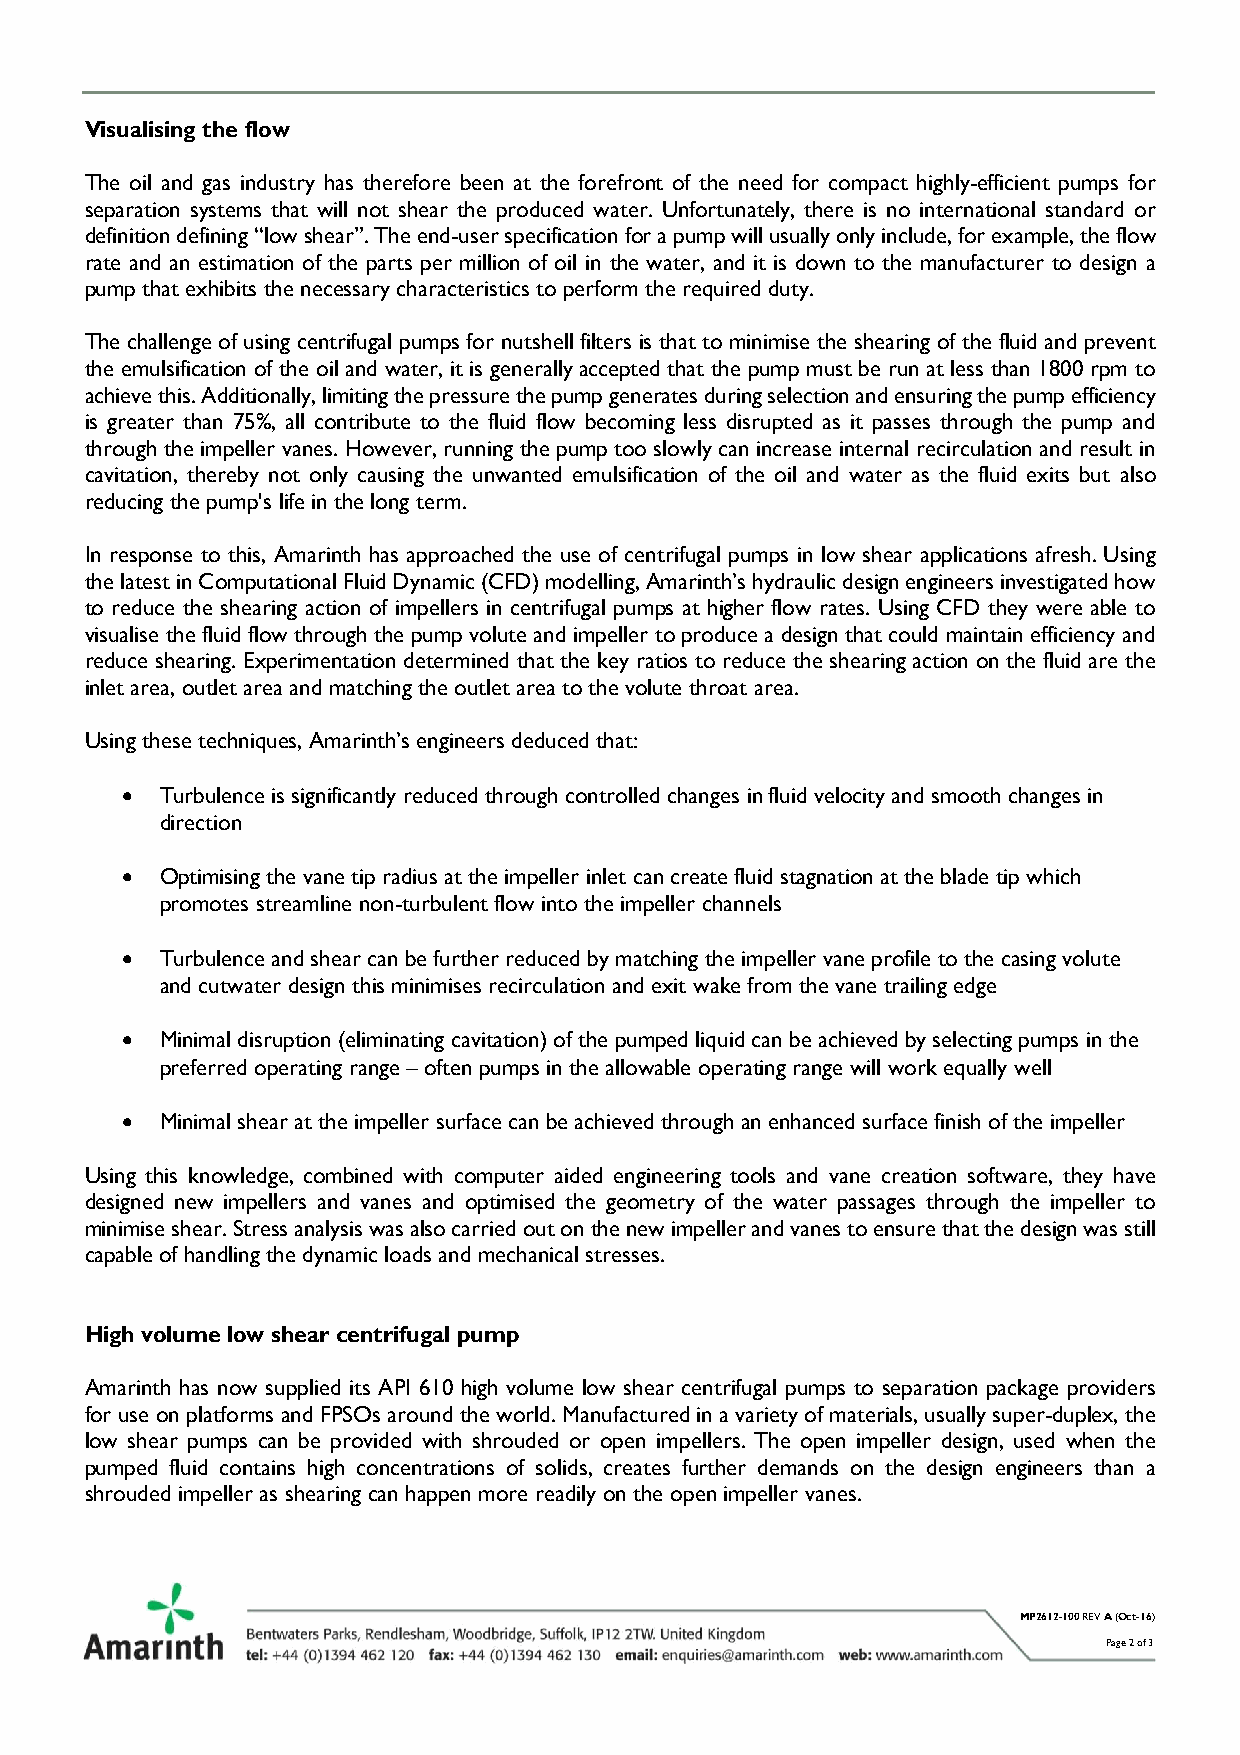
Visualising the flow
 The oil and gas industry has therefore been at the forefront of the need for compact highly-efficient pumps for
 separation systems that will not shear the produced water. Unfortunately, there is no international standard or
 definition defining “low shear”. The end-user specification for a pump will usually only include, for example, the flow
 rate and an estimation of the parts per million of oil in the water, and it is down to the manufacturer to design a
 pump that exhibits the necessary characteristics to perform the required duty.
 The challenge of using centrifugal pumps for nutshell filters is that to minimise the shearing of the fluid and prevent
 the emulsification of the oil and water, it is generally accepted that the pump must be run at less than 1800 rpm to
 achieve this. Additionally, limiting the pressure the pump generates during selection and ensuring the pump efficiency
 is greater than 75%, all contribute to the fluid flow becoming less disrupted as it passes through the pump and
 through the impeller vanes. However, running the pump too slowly can increase internal recirculation and result in
 cavitation, thereby not only causing the unwanted emulsification of the oil and water as the fluid exits but also
 reducing the pump's life in the long term.
 In response to this, Amarinth has approached the use of centrifugal pumps in low shear applications afresh. Using
 the latest in Computational Fluid Dynamic (CFD) modelling, Amarinth’s hydraulic design engineers investigated how
 to reduce the shearing action of impellers in centrifugal pumps at higher flow rates. Using CFD they were able to
 visualise the fluid flow through the pump volute and impeller to produce a design that could maintain efficiency and
 reduce shearing. Experimentation determined that the key ratios to reduce the shearing action on the fluid are the
 inlet area, outlet area and matching the outlet area to the volute throat area.
 Using these techniques, Amarinth’s engineers deduced that:
 •  Turbulence is significantly reduced through controlled changes in fluid velocity and smooth changes in
 direction
 •  Optimising the vane tip radius at the impeller inlet can create fluid stagnation at the blade tip which
 promotes streamline non-turbulent flow into the impeller channels
 •  Turbulence and shear can be further reduced by matching the impeller vane profile to the casing volute
 and cutwater design this minimises recirculation and exit wake from the vane trailing edge
 •  Minimal disruption (eliminating cavitation) of the pumped liquid can be achieved by selecting pumps in the
 preferred operating range – often pumps in the allowable operating range will work equally well
 •  Minimal shear at the impeller surface can be achieved through an enhanced surface finish of the impeller
 Using this knowledge, combined with computer aided engineering tools and vane creation software, they have
 designed new impellers and vanes and optimised the geometry of the water passages through the impeller to
 minimise shear. Stress analysis was also carried out on the new impeller and vanes to ensure that the design was still
 capable of handling the dynamic loads and mechanical stresses.
 High volume low shear centrifugal pump
 Amarinth has now supplied its API 610 high volume low shear centrifugal pumps to separation package providers
 for use on platforms and FPSOs around the world. Manufactured in a variety of materials, usually super-duplex, the
 low shear pumps can be provided with shrouded or open impellers. The open impeller design, used when the
 pumped fluid contains high concentrations of solids, creates further demands on the design engineers than a
 shrouded impeller as shearing can happen more readily on the open impeller vanes.
 MP2612-100 REV A (Oct-16)
 Page 2 of 3